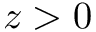
z > 0